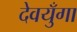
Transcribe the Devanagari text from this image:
देवयुँगा